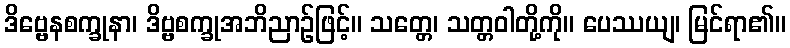
ဒိဗ္ဗေနစက္ခုနာ၊ ဒိဗ္ဗစက္ခုအဘိညာဉ်ဖြင့်။ သတ္တေ၊ သတ္တဝါတို့ကို။ ပေဿယျ၊ မြင်ရာ၏။